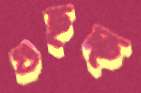
গুছচ্ছ